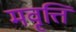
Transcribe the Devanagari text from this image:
मवृत्ति